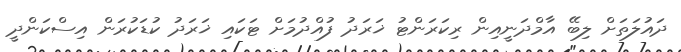
ދައުލަތަށް ލިބޭ އާމްދަނީއިން ރިކަރަންޓު ޚަރަދު ފުއްދުމަށް ޓަކައި ޚަރަދު ކުޑަކުރަން އިސްކަންދީ